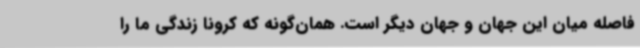
فاصله میان این جهان و جهان دیگر است. همان‌گونه که کرونا زندگی ما را